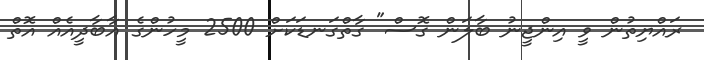
ރައްޔިތުން ވީ އިންޖީނު ބާލަން ގޮސް" ގާތްގަނޑަކަށް 2500 މީހުންގެ އާބާދީއެއް އޮތް